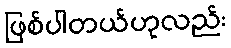
ဖြစ်ပါတယ်ဟုလည်း